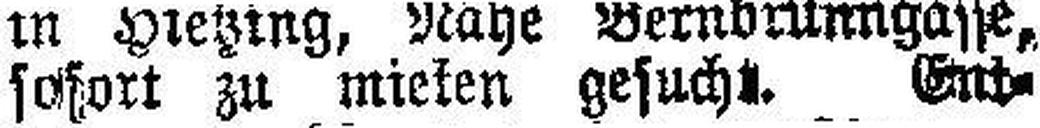
sofort zu miesen gesucht. Ent¬